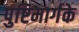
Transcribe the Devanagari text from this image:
पुष्टिमार्गके